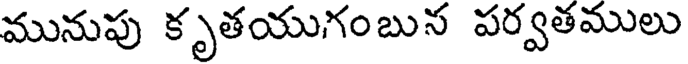
మునుపు కృతయుగంబున పర్వతములు